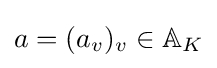
a=(a_{v})_{v}\in \mathbb {A} _{K}